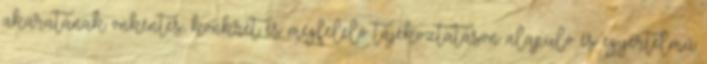
akaratának önkéntes, konkrét és megfelelő tájékoztatáson alapuló és egyértelmű